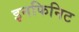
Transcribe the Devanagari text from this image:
इनफिनिट